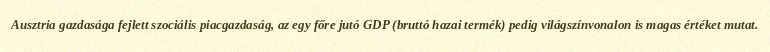
Ausztria gazdasága fejlett szociális piacgazdaság, az egy főre jutó GDP (bruttó hazai termék) pedig világszínvonalon is magas értéket mutat.